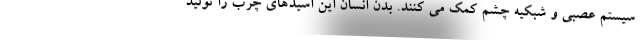
سیستم عصبی و شبکیه چشم کمک می کنند. بدن انسان این اسیدهای چرب را تولید